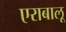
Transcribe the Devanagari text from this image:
एराबालू